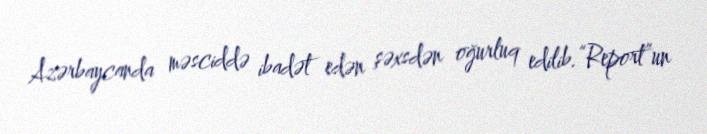
Azərbaycanda məsciddə ibadət edən şəxsdən oğurluq edilib.“Report”un